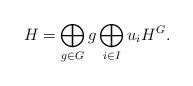
LaTeX: \begin{align*}H = \bigoplus_{g\in G} g \bigoplus_{i \in I}u_iH^G.\end{align*}